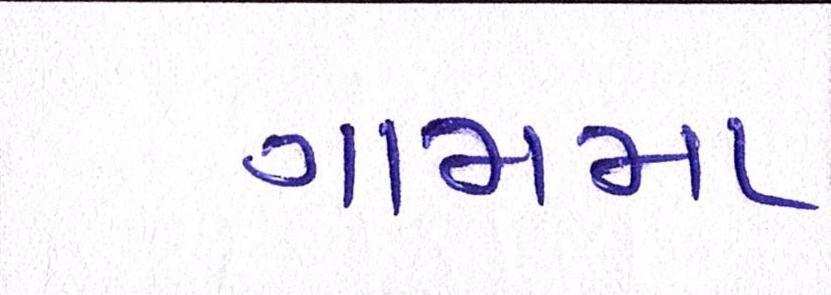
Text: ગામમા